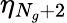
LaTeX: \eta_{N_{g}+2}